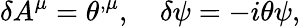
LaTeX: \delta A^{\mu}=\theta^{,\mu},\quad\delta\psi=-i\theta\psi,